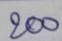
200